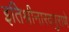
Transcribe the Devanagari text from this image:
इतिश्रीनारदपुराणे